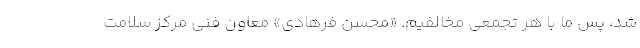
شد، پس ما با هر تجمعی مخالفیم. «محسن فرهادی» معاون فنی مرکز سلامت